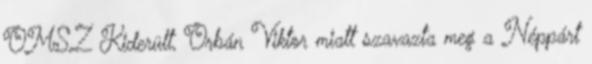
OMSZ Kiderült, Orbán Viktor miatt szavazta meg a Néppárt